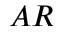
A R